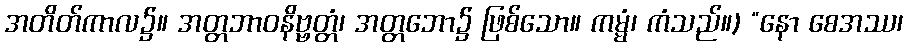
အတိတ်ကာလ၌။ အတ္တဘာဝနိဗ္ဗတ္တံ၊ အတ္တဘော၌ ဖြစ်သော။ ကမ္မံ၊ ကံသည်။) “နော စေအဿ၊